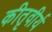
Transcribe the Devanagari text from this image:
कीतृवीर्य